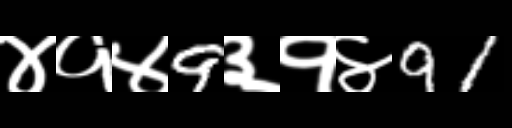
Text: ४१४9३१४91